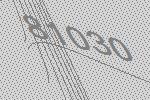
81030